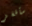
سأقفز